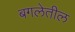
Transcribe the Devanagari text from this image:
बगलेतील